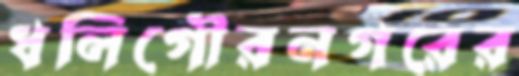
ধলিগৌরনগরের